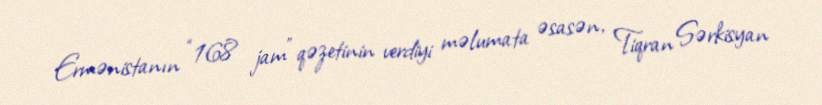
Ermənistanın “168 jam” qəzetinin verdiyi məlumata əsasən, Tiqran Sərkisyan